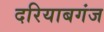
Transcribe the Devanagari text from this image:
दरियाबगंज